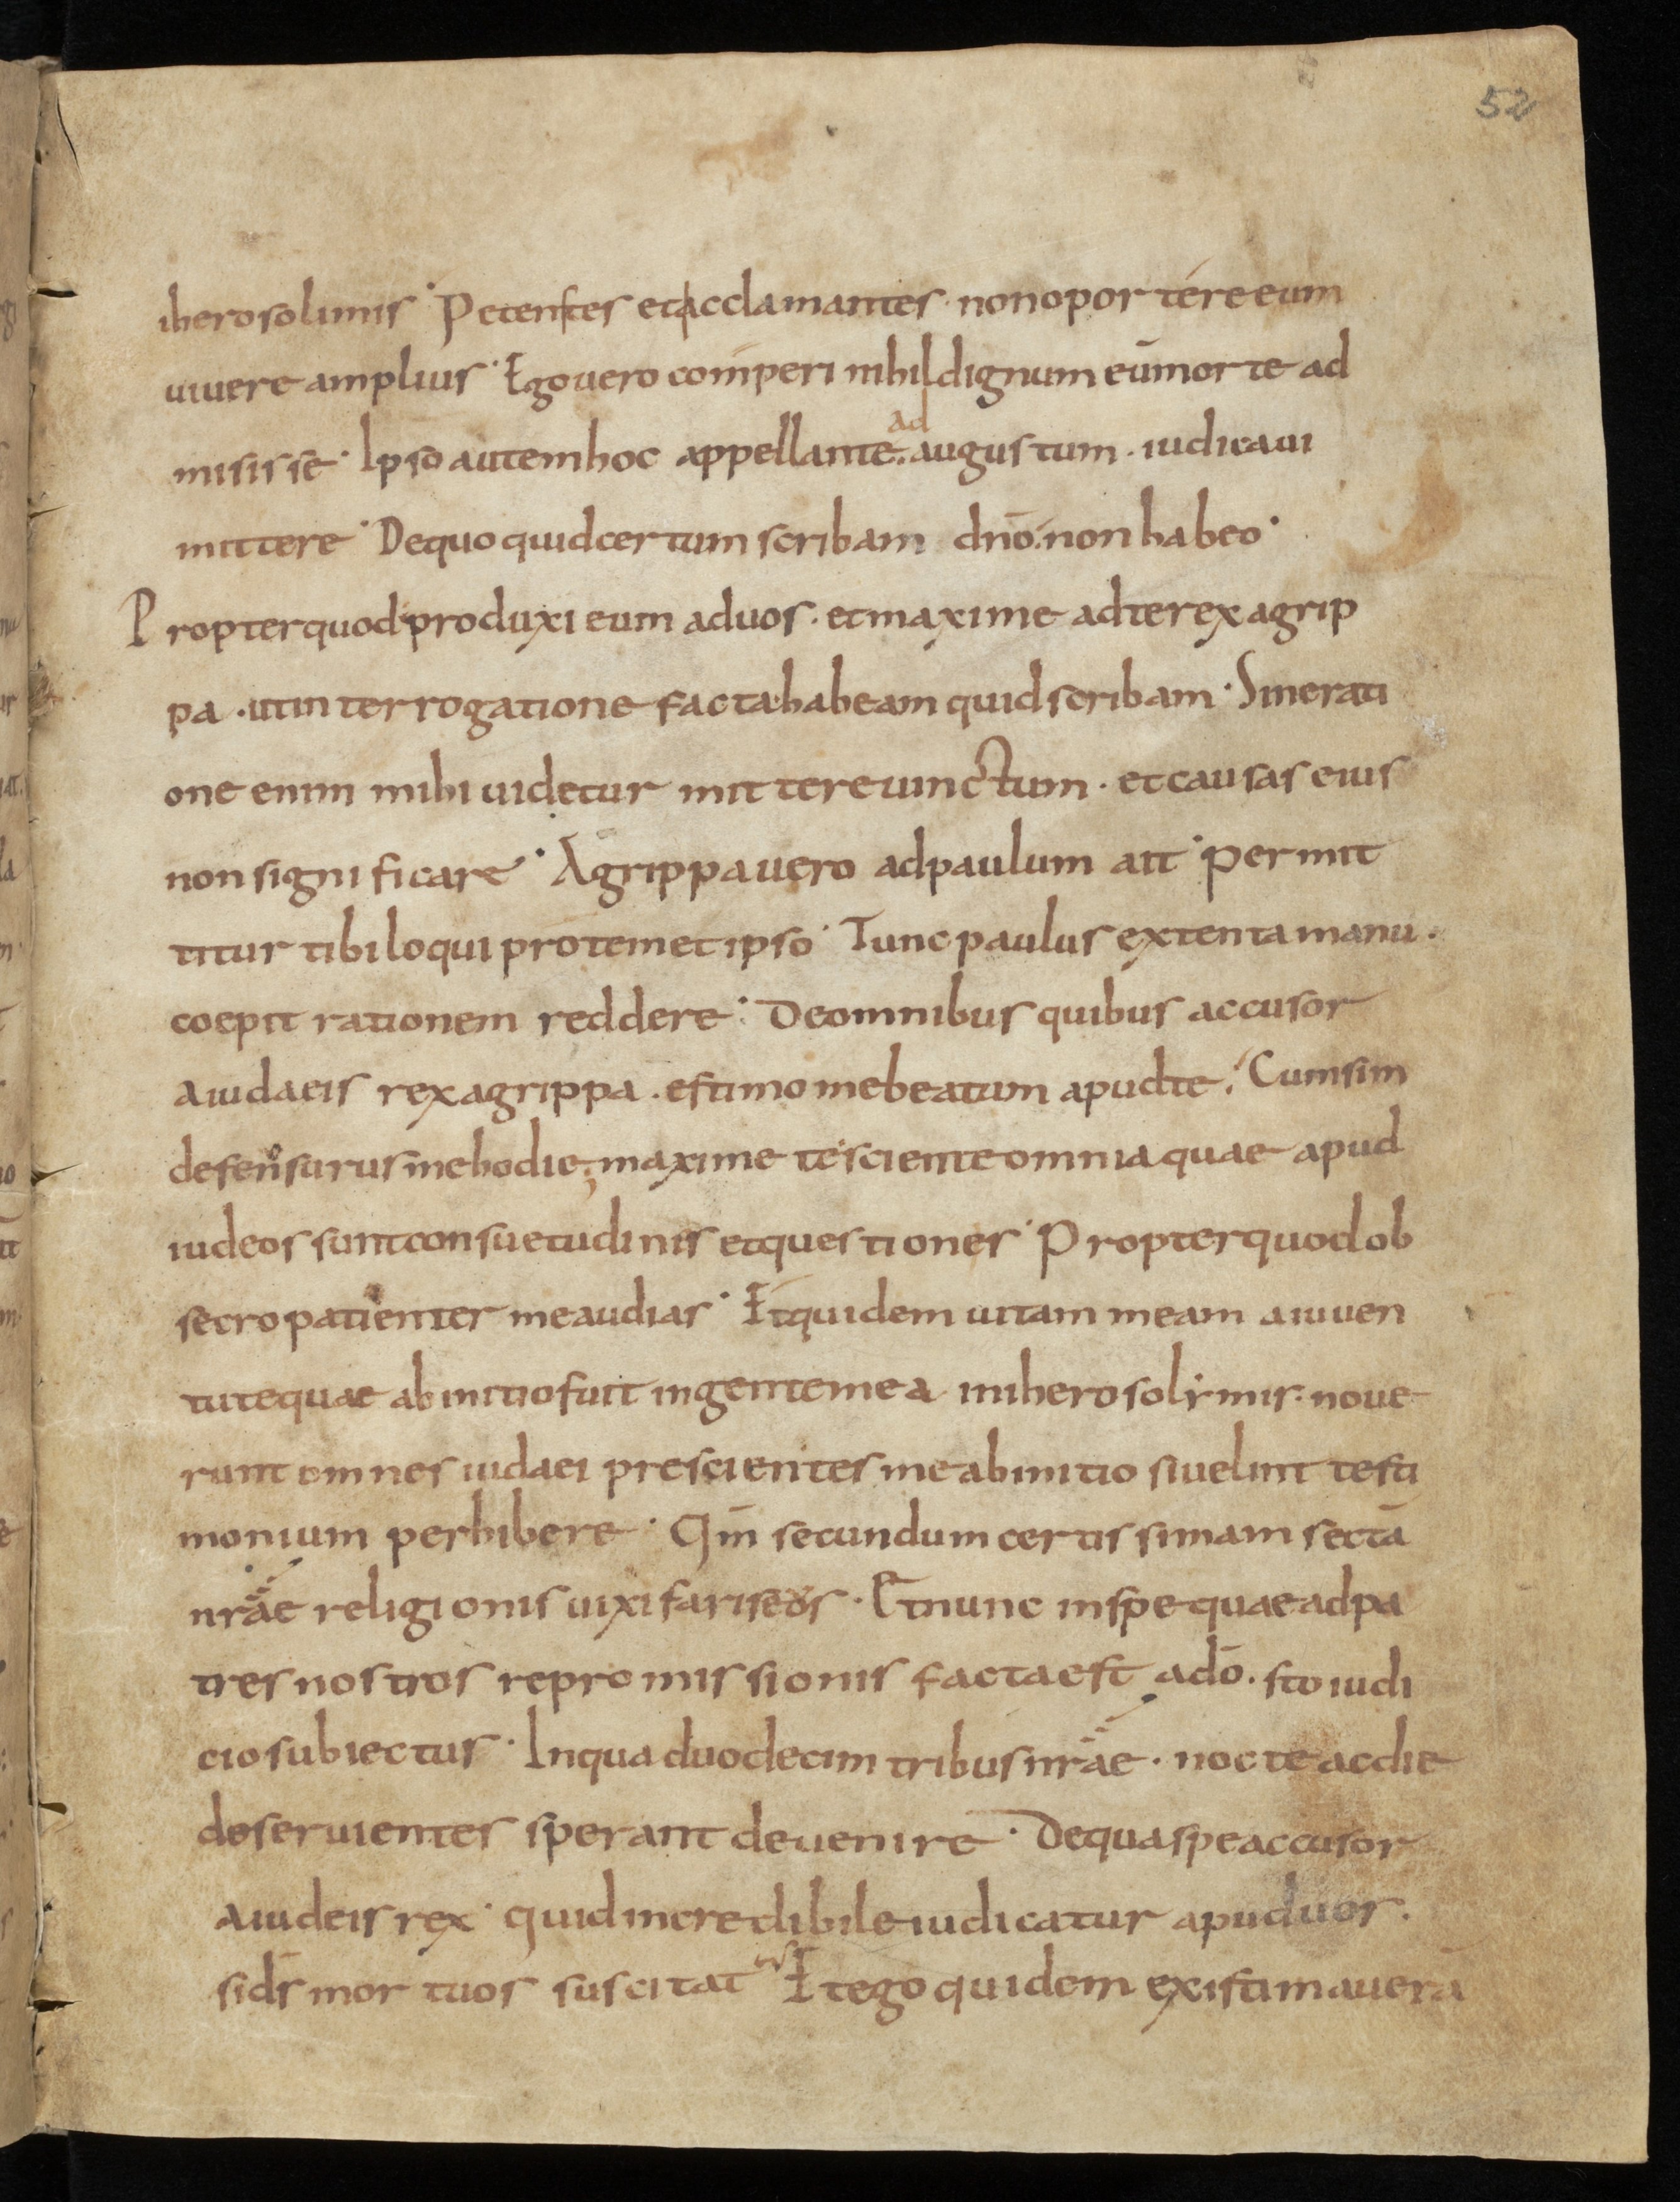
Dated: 800–999